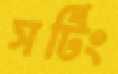
সর্টিং